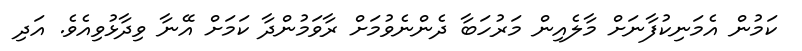
ކަމުން އެމަނިކުފާނަށް މާލެއިން މަރުހަބާ ދެންނެވުމަށް ރާވަމުންދާ ކަމަށް އޭނާ ވިދާޅުވިއެވެ. އަދި